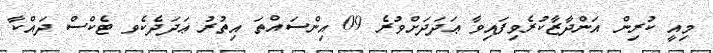
މިއީ ކުރިން އަންދާޒާކުރެވިފައިވާ ޢަދަދަށްވުރެ 09 އިންސައްތަ އިތުރު ޢަދަދެކެވ ޓެކްސް ދައްކާ